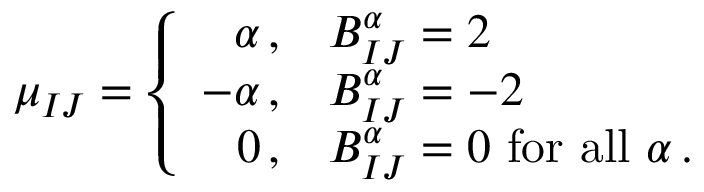
\mu _ { I J } = \left\{ \begin{array} { r l } { { \alpha \, , } } & { { { \cal B } _ { I J } ^ { \alpha } = 2 } } \\ { { - \alpha \, , } } & { { { \cal B } _ { I J } ^ { \alpha } = - 2 } } \\ { { 0 \, , } } & { { { \cal B } _ { I J } ^ { \alpha } = 0 { \mathrm { ~ f o r ~ a l l ~ } } \alpha \, . } } \end{array} \right.